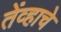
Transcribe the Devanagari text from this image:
तेंव्हाचे